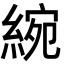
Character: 綩